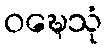
ဝဍ္ဎေသုံ